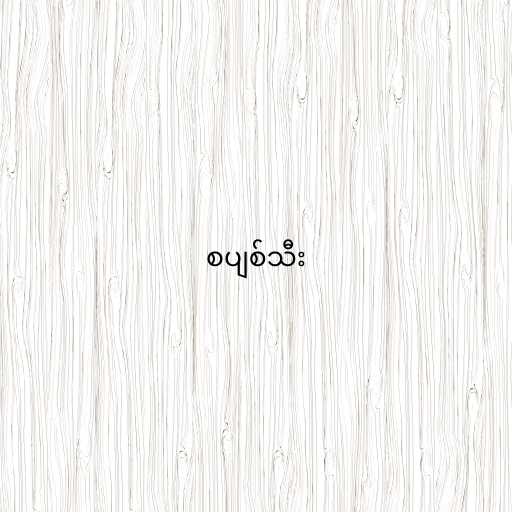
စပျစ်သီး